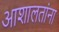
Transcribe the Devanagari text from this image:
आशालतांना